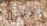
زملائك